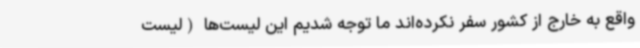
واقع به خارج از کشور سفر نکرده‌اند ما توجه شدیم این لیست‌ها (لیست